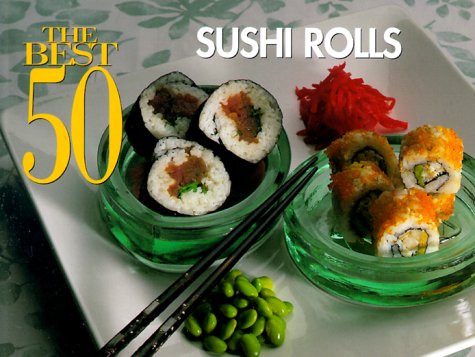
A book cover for The Best 50 Sushi Rolls; Bristol Publishing Staff; Cookbooks, Food & Wine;